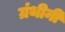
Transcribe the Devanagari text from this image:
ग्रंथीनी